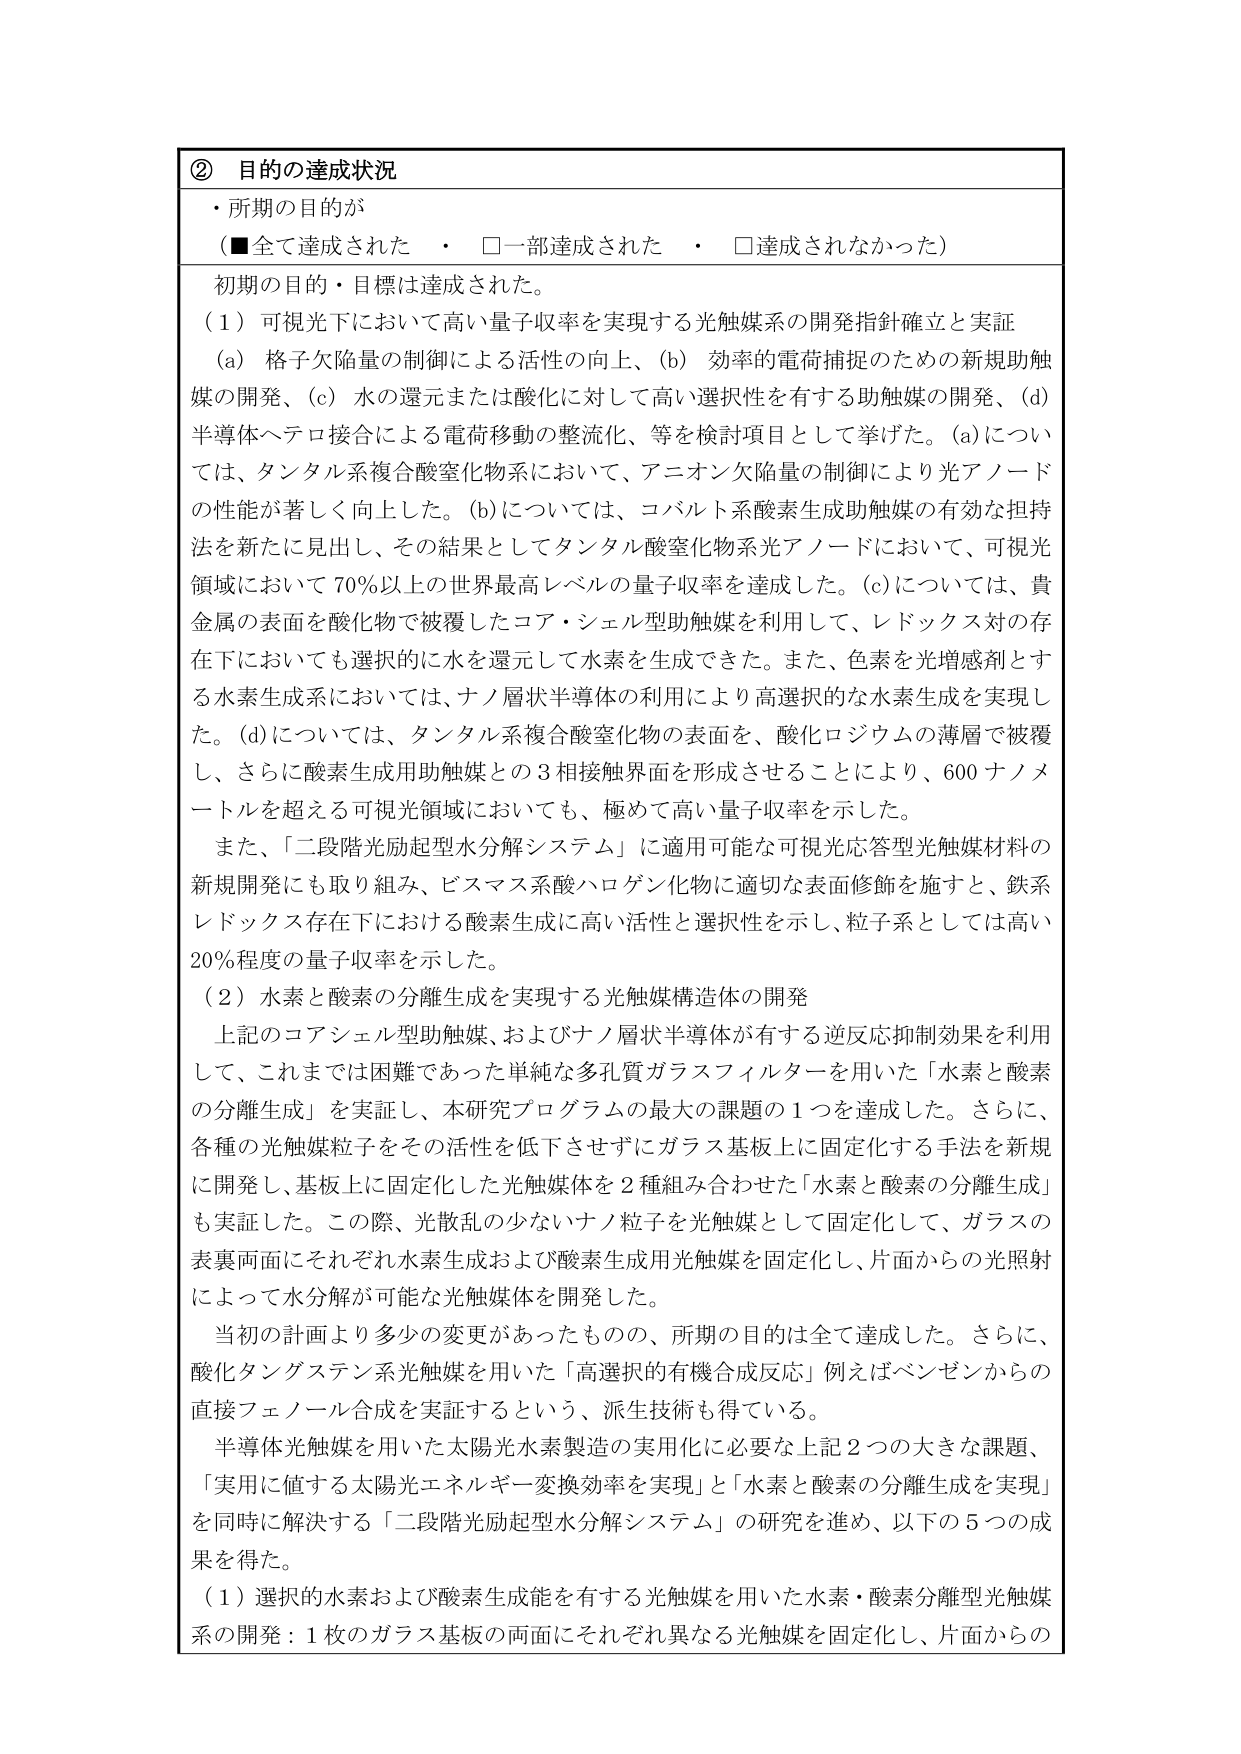
② 目的の達成状況
・所期の目的が
（■全て達成された　・　□一部達成された　・　□達成されなかった）

初期の目的・目標は達成された。

（１）可視光下において高い量子収率を実現する光触媒系の開発指針確立と実証
（a）格子欠陥量の制御による活性の向上、（b）効率的電荷捕捉のための新規助触媒の開発、（c）水の還元または酸化に対して高い選択性を有する助触媒の開発、（d）半導体へテロ接合による電荷移動の整流化、等を検討項目として挙げた。（a）については、タンタル系複合酸窒化物系において、アニオン欠陥量の制御により光アノードの性能が著しく向上した。（b）については、コバルト系酸素生成助触媒の有効な担持法を新たに見出し、その結果としてタンタル酸窒化物系光アノードにおいて、可視光領域において70％以上の世界最高レベルの量子収率を達成した。（c）については、貴金属の表面を酸化物で被覆したコア・シェル型助触媒を利用して、レドックス対の存在下においても選択的に水を還元して水素を生成できた。また、色素を光増感剤とする水素生成系においては、ナノ層状半導体の利用により高選択的な水素生成を実現した。（d）については、タンタル系複合酸窒化物の表面を、酸化ロジウムの薄層で被覆し、さらに酸素生成用助触媒との3相接触界面を形成させることにより、600ナノメートルを超える可視光領域においても、極めて高い量子収率を示した。

また、「二段階光励起型水分解システム」に適用可能な可視光応答型光触媒材料の新規開発にも取り組み、ビスマス系酸ハロゲン化物に適切な表面修飾を施すと、鉄系レドックス存在下における酸素生成に高い活性と選択性を示し、粒子系としては高い20％程度の量子収率を示した。

（２）水素と酸素の分離生成を実現する光触媒構造体の開発
上記のコアシェル型助触媒、およびナノ層状半導体が有する逆反応抑制効果を利用して、これまでは困難であった単純な多孔質ガラスフィルターを用いた「水素と酸素の分離生成」を実証し、本研究プログラムの最大の課題の1つを達成した。さらに、各種の光触媒粒子をその活性を低下させずにガラス基板上に固定化する手法を新規に開発し、基板上に固定化した光触媒体を2種組み合わせた「水素と酸素の分離生成」も実証した。この際、光散乱の少ないナノ粒子を光触媒として固定化して、ガラスの表裏両面にそれぞれ水素生成および酸素生成用光触媒を固定化し、片面からの光照射によって水分解が可能な光触媒体を開発した。

当初の計画より多少の変更があったものの、所期の目的は全て達成した。さらに、酸化タングステン系光触媒を用いた「高選択的有機合成反応」例えばベンゼンからの直接フェノール合成を実証するという、派生技術も得ている。

半導体光触媒を用いた太陽光水素製造の実用化に必要な上記2つの大きな課題、「実用に値する太陽光エネルギー変換効率を実現」と「水素と酸素の分離生成を実現」を同時に解決する「二段階光励起型水分解システム」の研究を進め、以下の5つの成果を得た。

（１）選択的水素および酸素生成能を有する光触媒を用いた水素・酸素分離型光触媒系の開発：1枚のガラス基板の両面にそれぞれ異なる光触媒を固定化し、片面からの